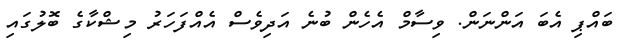
ބައްޕި އެބަ އަންނަން. ވިސާމް އެހެން ބުނެ އަދިވެސް އެއްފަހަރު މިޝްކާގެ ބޮލުގައި